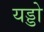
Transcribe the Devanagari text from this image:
यड्डो